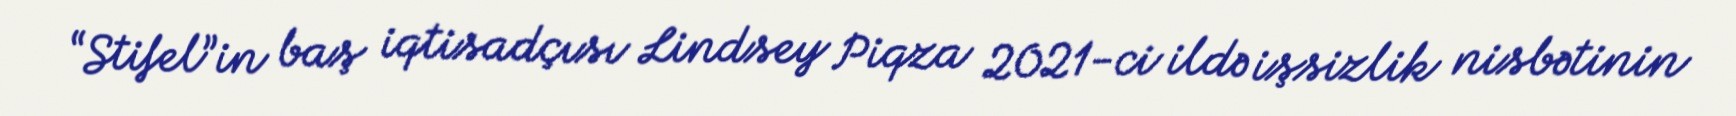
“Stifel”in baş iqtisadçısı Lindsey Piqza 2021-ci ildə işsizlik nisbətinin